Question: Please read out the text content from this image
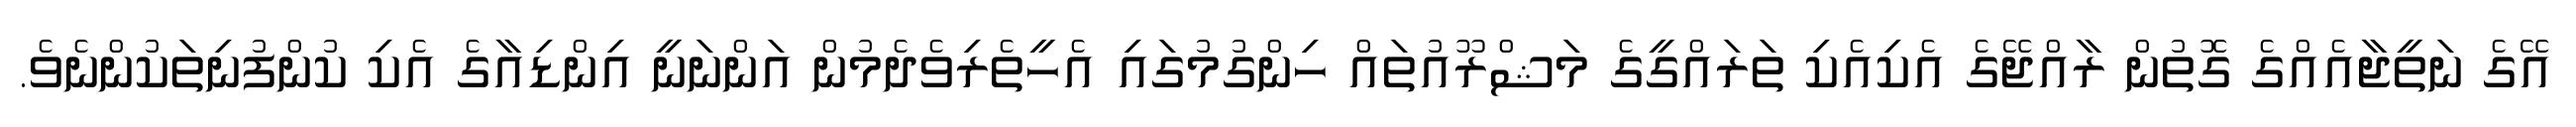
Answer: އޭގެ ނަތީޖާއެއްގެ ގޮތުން ރާއްޖޭގެ އެކިއެކި ތަރައްގީގެ މަޝްރޫއުތައް ހިންގުމުގައި އެހީތެރިވެދެމުން އަންނަނީ އިންޑިއާގެ އެކި ކުންފުނިތަކުންނެވެ.